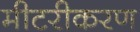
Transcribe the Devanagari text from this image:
मीटरीकरण